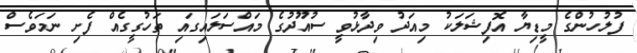
ފުލުހުންގެ މީޑިޔާ އޮފިޝަލަކު މިއަދު ވިދާޅުވީ ސުއޫދުގެ މައްސަލައިގައި ތަހުގީގެއް ފެށި ނަމަވެސް